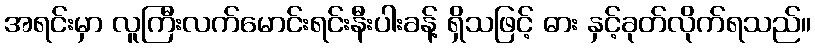
အရင်းမှာ လူကြီးလက်မောင်းရင်းနီးပါးခန့် ရှိသဖြင့် ဓား နှင့်ခုတ်လိုက်ရသည်။